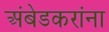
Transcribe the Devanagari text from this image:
अंबेडकरांना